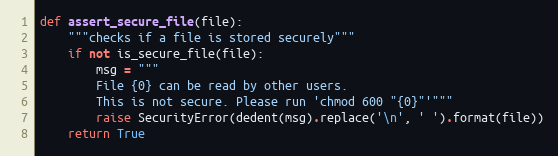
Language: Python
def assert_secure_file(file):
    """checks if a file is stored securely"""
    if not is_secure_file(file):
        msg = """
        File {0} can be read by other users.
        This is not secure. Please run 'chmod 600 "{0}"'"""
        raise SecurityError(dedent(msg).replace('\n', ' ').format(file))
    return True